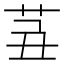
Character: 𦭍